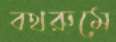
বথরুমে